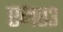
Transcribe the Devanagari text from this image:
एम८३